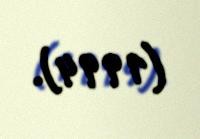
(1994).